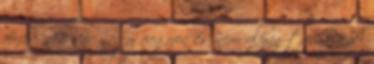
férfire nem vár nagy vagyon és nem olyan társasági